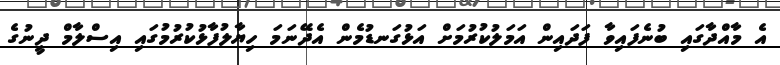
އެ މާއްދާގައި ބުނެފައިވާ ފަދައިން އަމަލުކުރުމަށް އަޅުގަނޑުމެން އެދޭނަމަ ހިޔާލުފާޅުކުރުމުގައި އިސްލާމް ދީނުގެ